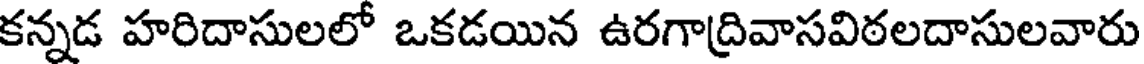
కన్నడ హరిదాసులలో ఒకడయిన ఉరగాద్రివాసవిఠలదాసులవారు